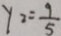
y _ { 2 } = \frac { 9 } { 5 }